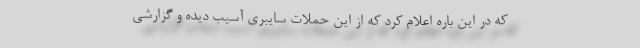
که در این باره اعلام کرد که از این حملات سایبری آسیب دیده و گزارشی